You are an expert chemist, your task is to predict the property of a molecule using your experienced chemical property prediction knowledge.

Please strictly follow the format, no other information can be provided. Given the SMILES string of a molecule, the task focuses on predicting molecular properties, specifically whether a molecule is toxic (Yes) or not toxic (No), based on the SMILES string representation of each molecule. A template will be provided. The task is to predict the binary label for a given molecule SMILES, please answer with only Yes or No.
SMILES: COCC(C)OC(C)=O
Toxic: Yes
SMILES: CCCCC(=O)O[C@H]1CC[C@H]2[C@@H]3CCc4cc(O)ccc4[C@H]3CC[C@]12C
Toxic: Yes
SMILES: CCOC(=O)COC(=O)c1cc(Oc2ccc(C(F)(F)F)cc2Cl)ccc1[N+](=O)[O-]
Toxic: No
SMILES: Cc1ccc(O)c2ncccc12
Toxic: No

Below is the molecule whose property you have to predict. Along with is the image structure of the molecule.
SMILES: COc1ccc2c(c1OC)CN1CCc3cc4c(cc3C1C2)OCO4
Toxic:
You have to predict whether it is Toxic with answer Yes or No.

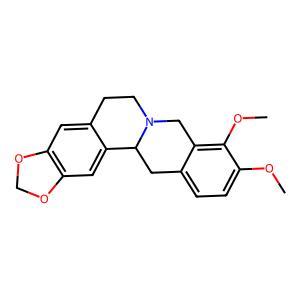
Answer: No